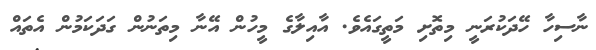
ނާސިހާ ހޭދަކުރަނީ މިތޮށި މަތީގައެވެ. އާއިލާގެ މީހުން އޭނާ މިތަނުން ގަދަކަމުން އެތައް